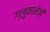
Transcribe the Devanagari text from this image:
ग्लुकानेजों